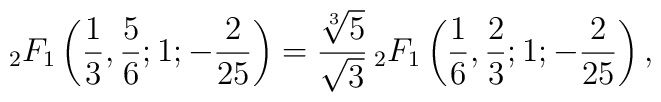
_{2}F_{1}\left({\frac{1}{3}},{\frac{5}{6}};1;{-\frac{2}{25}}\right)=\frac{\sqrt[3]{5}}{\sqrt{3}}{\,}_{2}F_{1}\left({\frac{1}{6}},{\frac{2}{3}};1;{-\frac{2}{25}}\right),